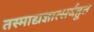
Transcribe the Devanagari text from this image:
तस्माद्यज्ञात्सर्वहुत